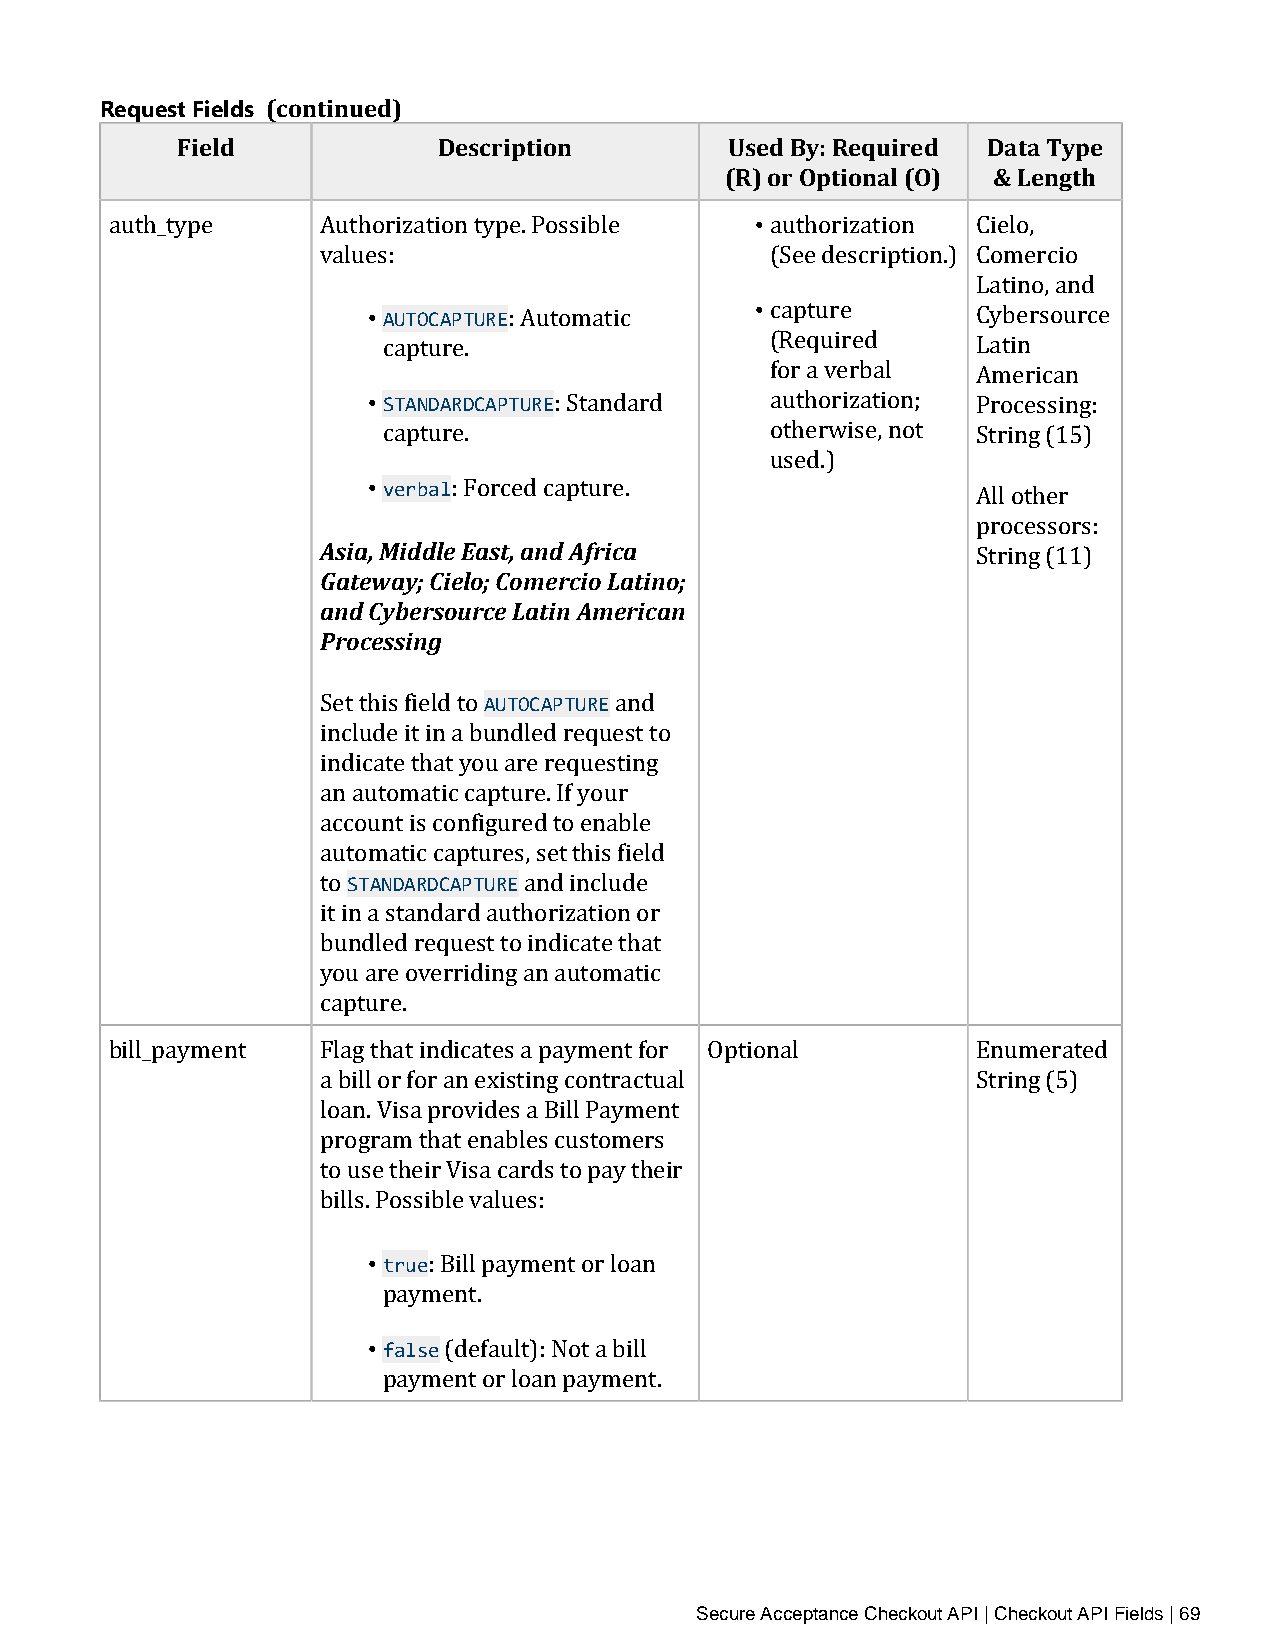
Request Fields (continued)
 Field            Description        Used By: Required Data Type
 (R) or Optional (O) & Length
 •
 auth_type     Authorization type. Possible  authorization Cielo,
 values:                      • (See description.) Comercio
 • AUTOCAPTURE
 Latino, and
 : Automatic      capture       Cybersource
 • cSaTApNtuDArReD.CAPTURE  (Required     Latin
 for a verbal  American
 : Standard    authorization; Processing:
 • cvaerpbtualre.           otherwise, not String (15)
 used.)
 : Forced capture.
 Asia, Middle East, and Africa               All other
 Gateway; Cielo; Comercio Latino;            processors:
 and Cybersource Latin American              String (11)
 Processing
 AUTOCAPTURE
 Set this field to   and
 include it in a bundled request to
 indicate that you are requesting
 an automatic capture. If your
 account is configured to enable
 STANDARDCAPTURE
 automatic captures, set this field
 to            and include
 it in a standard authorization or
 bundled request to indicate that
 you are overriding an automatic
 capture.
 bill_payment  Flag that indicates a payment for Optional  Enumerated
 a bill or for an existing contractual       String (5)
 loan. Visa provides a Bill Payment
 program that enables customers
 to use their Visa cards to pay their
 bills. Possible values:
 • true
 : Bill payment or loan
 • pfaalysme ent.
 (default): Not a bill
 payment or loan payment.
 Secure Acceptance Checkout API | Checkout API Fields | 69